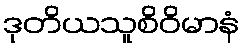
ဒုတိယသူစိဝိမာနံ